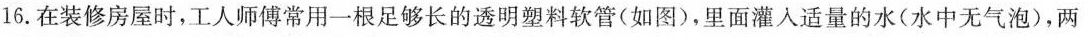
16.在装修房屋时，工人师傅常用一根足够长的透明塑料软管(如图)，里面灌入适量的水(水中无气泡)，两